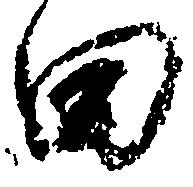
田